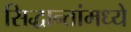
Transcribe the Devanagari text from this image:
सिद्धान्तांमध्ये